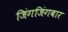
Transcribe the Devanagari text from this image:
जिंगजिंगबार